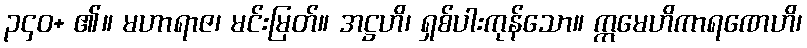
၃၄၀+ ၏။ မဟာရာဇ၊ မင်းမြတ်။ အဋ္ဌဟိ၊ ရှစ်ပါးကုန်သော။ ဣမေဟိကာရဏေဟိ၊